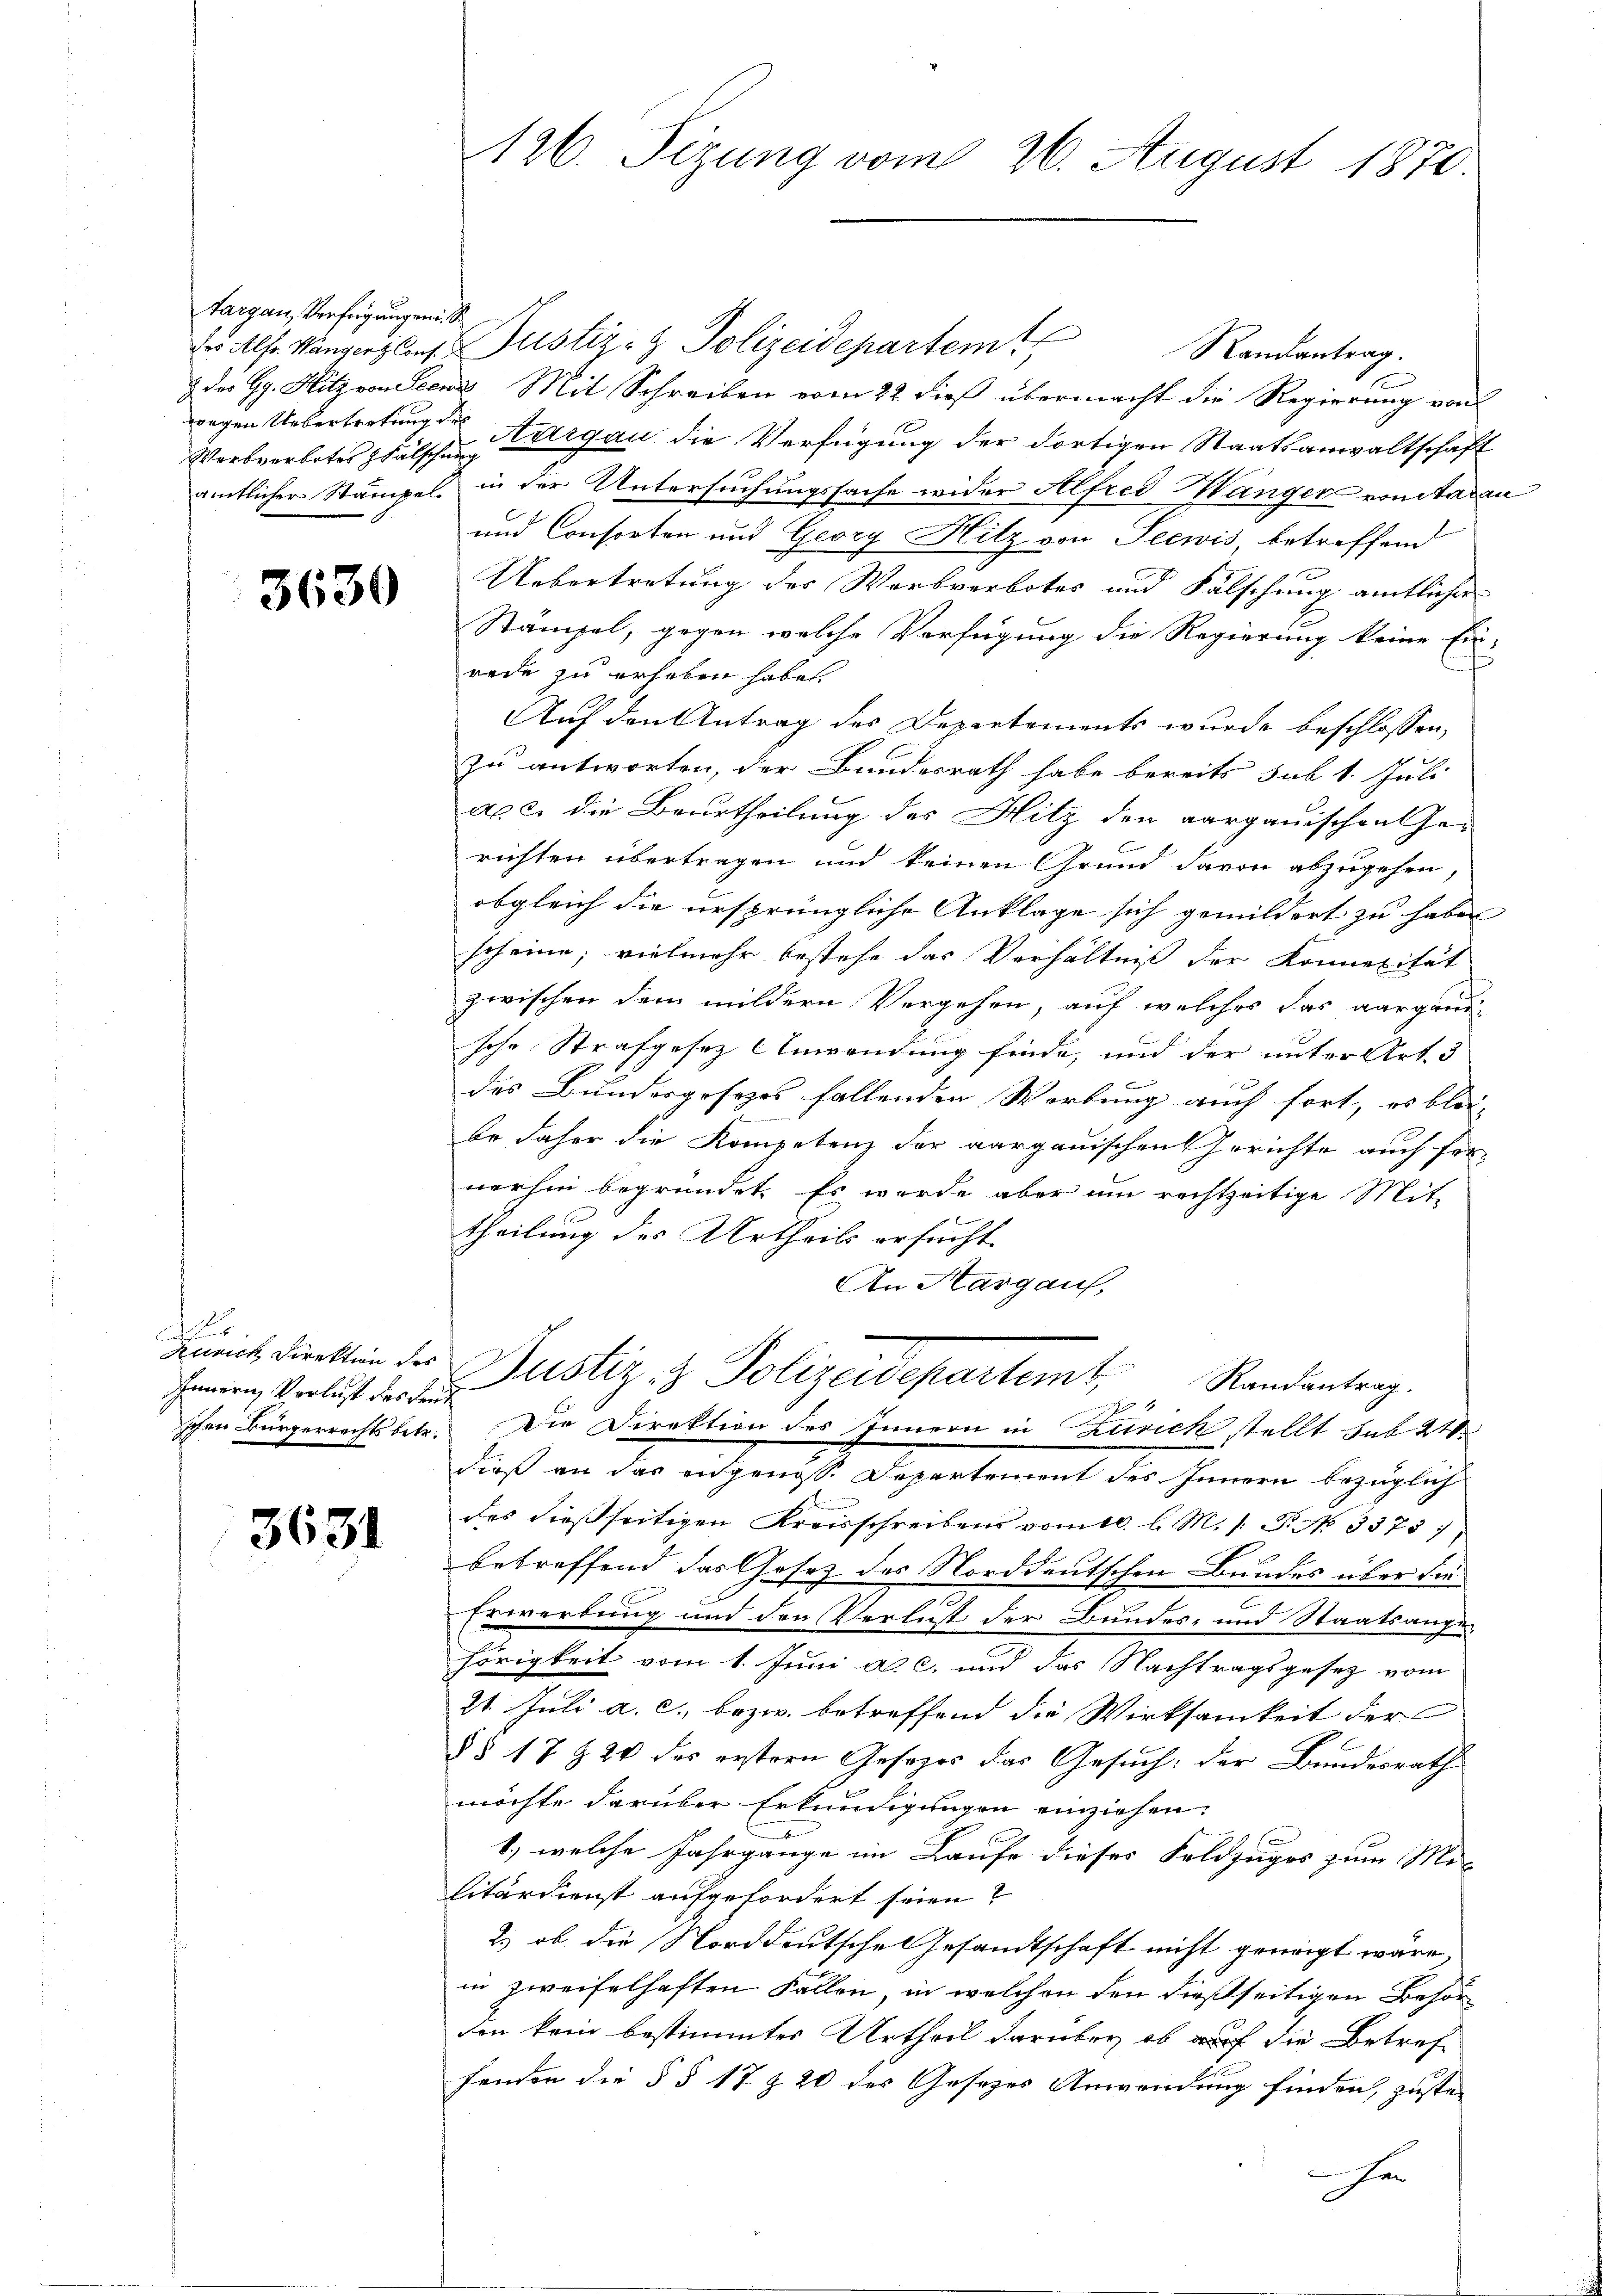
argau, Verfügungen, S
wegen Uebertretung de

3630

i
Zürich Direktion des
Innern, Verlust des Leut
schen Bürgerrechts betr.

3631

126. Sizung vom 26. August 1870.

Du Alfr. Kanzerplans Justiz- & Polizeidepartem
Randantrag.
z der Gg. Hitz von Seens Mit Schreiben vom 22. dieß übermacht die Regierung von
Werbverbotes pfälschen Curgau die Verfügung der dortigen Staatsanwaltschaft
amtlicher Stämpel. in der Untersuchungssache wider Alfred Wanger vonitaren
und Consorten und Georg Hitz von Seewis, betreffend
Uebertretung der Warbverbotes und Fälschung amtlicher
Stämpel, gegen welche Verfügung die Regierung keine Ein-
rede zu erheben habe.
Auf den Antrag des Departements wurde beschlossen,
zu antworten, der Bundesrath habe bereits sub 1. Juli
a. c. die Beurtheilung der Hitz den aargauischen Ge-
richten übertragen und keinen Grund davon abzugehen,
obgleich die ursprüngliche Anklage sich gemildert zu haben |
scheine, vielmehr bestehe das Verhältniss der Konnexität |
zwischen dem mildern Vergehen, auf welches das aargani-
sche Strafgesetz Anwendung finde, und der unter Art. 3
des Bundesgesezes fallenden Werbung auch fort, es blei-
be daher die Kompetenz der aargauischen Gerichte auch fer-
vorhin begründet. Es wurde aber um rechtzeitige Mit-
theilung des Urtheils ersucht.
An Margauf,
Justiz- & Polizeidepartemt, Randantrag.
f
Die Direktion des Innern in Zurick stellt sub 21
dieß an das angenoss. Departement des Innern bezüglich
i
des dießseitigen Kreisschreibens vom 10. l. M. /: P. No 3373)
betreffend das Gesetz des Norddeutschen Bundes über die
Erwerbung und den Verlust der Bundes- und Staatsange-
hörigkeit vom 1. Juni a. c. und das Nachtragsgesetz vom
21. Juli a. c., bezw. betreffend die Wirksamkeit der
§§ 17 § 24 des erstern Gesezes das Gesuch: der Bundesrath
möchte darüber Erkundigungen einziehen.
e
1., welche Jahrgange im Laufe dieses Feldzuges zum Mi-
litärdienst aufgefordert seien?
2.) ob die Norddeutsche Gesandtschaft nicht geneigt wäre
in zweifelhaften Fallen, in welchen den dießseitigen Behör
den kein bestimmter Urtheil darüber ob auf die Betreffenden die § § 17 § 20 des Gesezes Anwendung finden, zustee